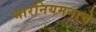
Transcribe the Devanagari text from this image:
भारनियमनाचे